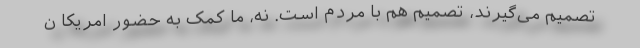
تصمیم می‌گیرند، تصمیم هم با مردم است. نه، ما کمک به حضور امریکا ن